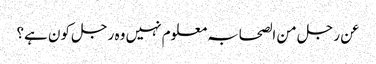
عن رجل من الصحابہ معلوم نہیں وہ رجل کون ہے؟